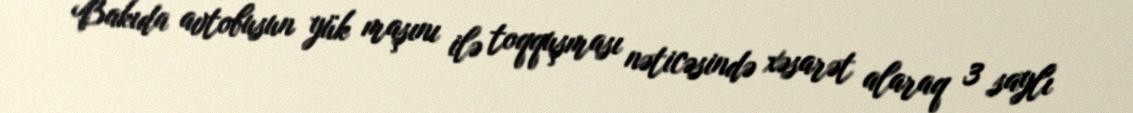
Bakıda avtobusun yük maşını ilə toqquşması nəticəsində xəsarət alaraq 3 saylı